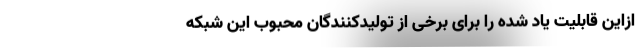
‌ازاین قابلیت یاد شده را برای برخی از تولیدکنندگان محبوب این شبکه